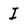
Character: I